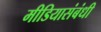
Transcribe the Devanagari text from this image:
मीडियासंबंधी